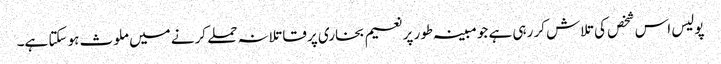
پولیس اس شخص کی تلاش کر رہی ہے جو مبینہ طور پر نعیم بخاری پر قاتلانہ حملے کرنے میں ملوث ہو سکتا ہے۔